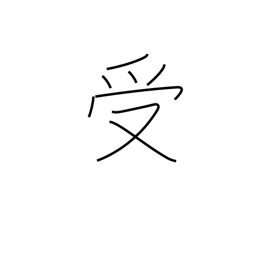
Meaning: catch